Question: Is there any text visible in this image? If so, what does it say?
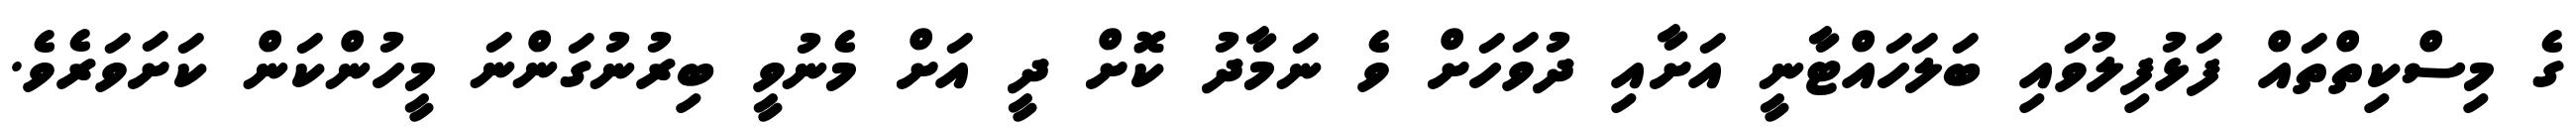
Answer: ގެ މިސްކިތްތައް ފަޅުފިލުވައި ބަލަހައްޓާނީ އަށާއި ދުވަހަށް ވެ ނަމާދު ކޮށް ދީ އަށް މެނުވީ ބިރުނުގަންނަ މީހުންކަން ކަށަވަރެވެ.